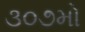
૩૦૭મો